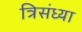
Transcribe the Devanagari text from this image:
त्रिसंध्या